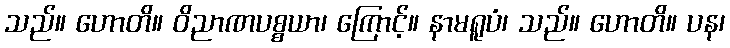
သည်။ ဟောတိ။ ဝိညာဏပစ္စယာ၊ ကြောင့်။ နာမရူပံ၊ သည်။ ဟောတိ။ ပန၊